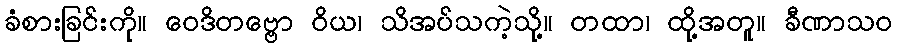
ခံစားခြင်းကို။ ဝေဒိတဗ္ဗော ဝိယ၊ သိအပ်သကဲ့သို့။ တထာ၊ ထို့အတူ။ ခီဏာသဝ